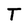
Character: T